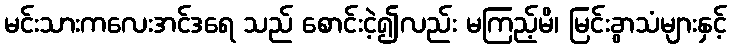
မင်းသားကလေးအင်ဒရေ သည် စောင်းငဲ့၍လည်း မကြည့်မိ၊ မြင်းခွာသံများနှင့်